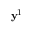
\mathbf { y } ^ { 1 }